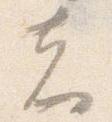
者